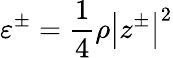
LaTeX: \varepsilon^{\pm}=\frac{1}{4}\rho\left|z^{\pm}\right|^{2}